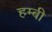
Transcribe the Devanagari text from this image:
हम्बी